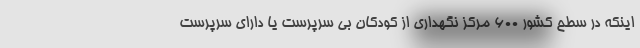
اینکه در سطح کشور ۶۰۰ مرکز نگهداری از کودکان بی سرپرست یا دارای سرپرست